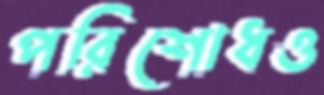
পরিশোধও